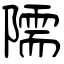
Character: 隭